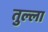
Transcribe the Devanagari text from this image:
तुल्ला